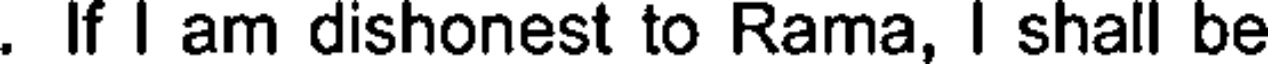
. If I am dishonest to Rama, I shall be